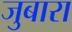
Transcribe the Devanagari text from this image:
जुबारा